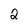
Character: 2